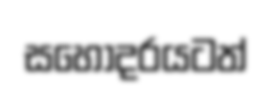
සහෝදරයටත්